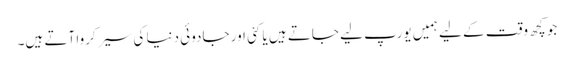
جو کچھ وقت کے لیے ہمیں یورپ لیے جاتے ہیں یا کئی اور جادوئی دنیا کی سیر کروا آتے ہیں۔